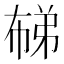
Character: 𭘨